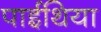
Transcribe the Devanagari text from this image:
पाईथिया